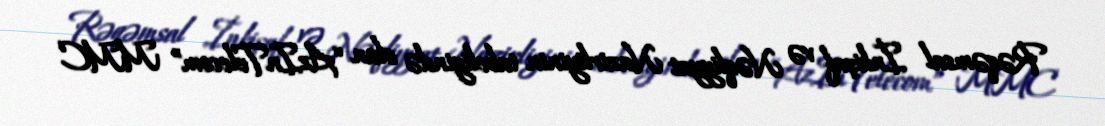
Rəqəmsal İnkişaf və Nəqliyyat Nazirliyinin tabeliyində olan “AzInTelecom” MMC